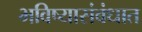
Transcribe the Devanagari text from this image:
भविष्यासंबंधात